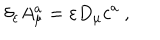
LaTeX: \delta _ { \varepsilon } A _ { \mu } ^ { a } = \varepsilon D _ { \mu } c ^ { a } ~ ,